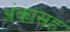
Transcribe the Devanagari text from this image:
अंकांसह